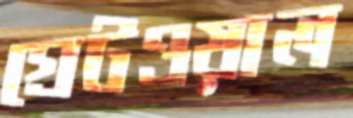
গ্রেটওয়াল